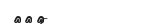
١٠١